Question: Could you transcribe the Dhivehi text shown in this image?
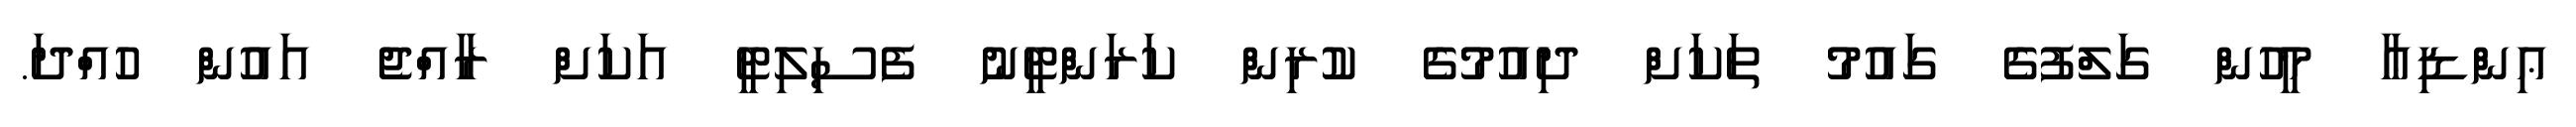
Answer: ޢިންޑިޢާ މީހުން ގަލްފުގެ ގައުމު ތަކަށް ދިއުމުގެ ކުރިން ކަރަންޓީނު ފެސިލިޓީ އަކަށް ރާއްޖެ އައުން ހުއްދަ.